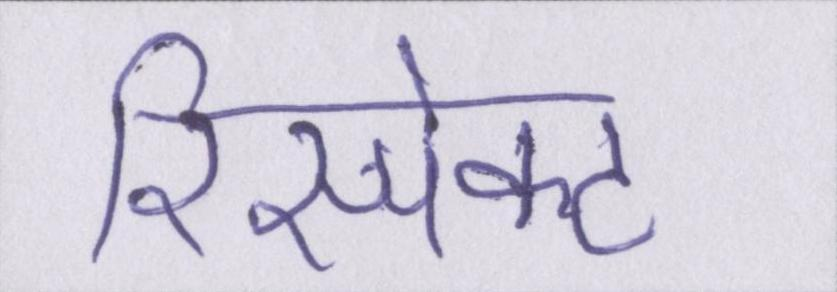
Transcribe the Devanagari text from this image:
रिस्पेक्ट